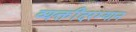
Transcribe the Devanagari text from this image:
व्यक्तींदरम्यान